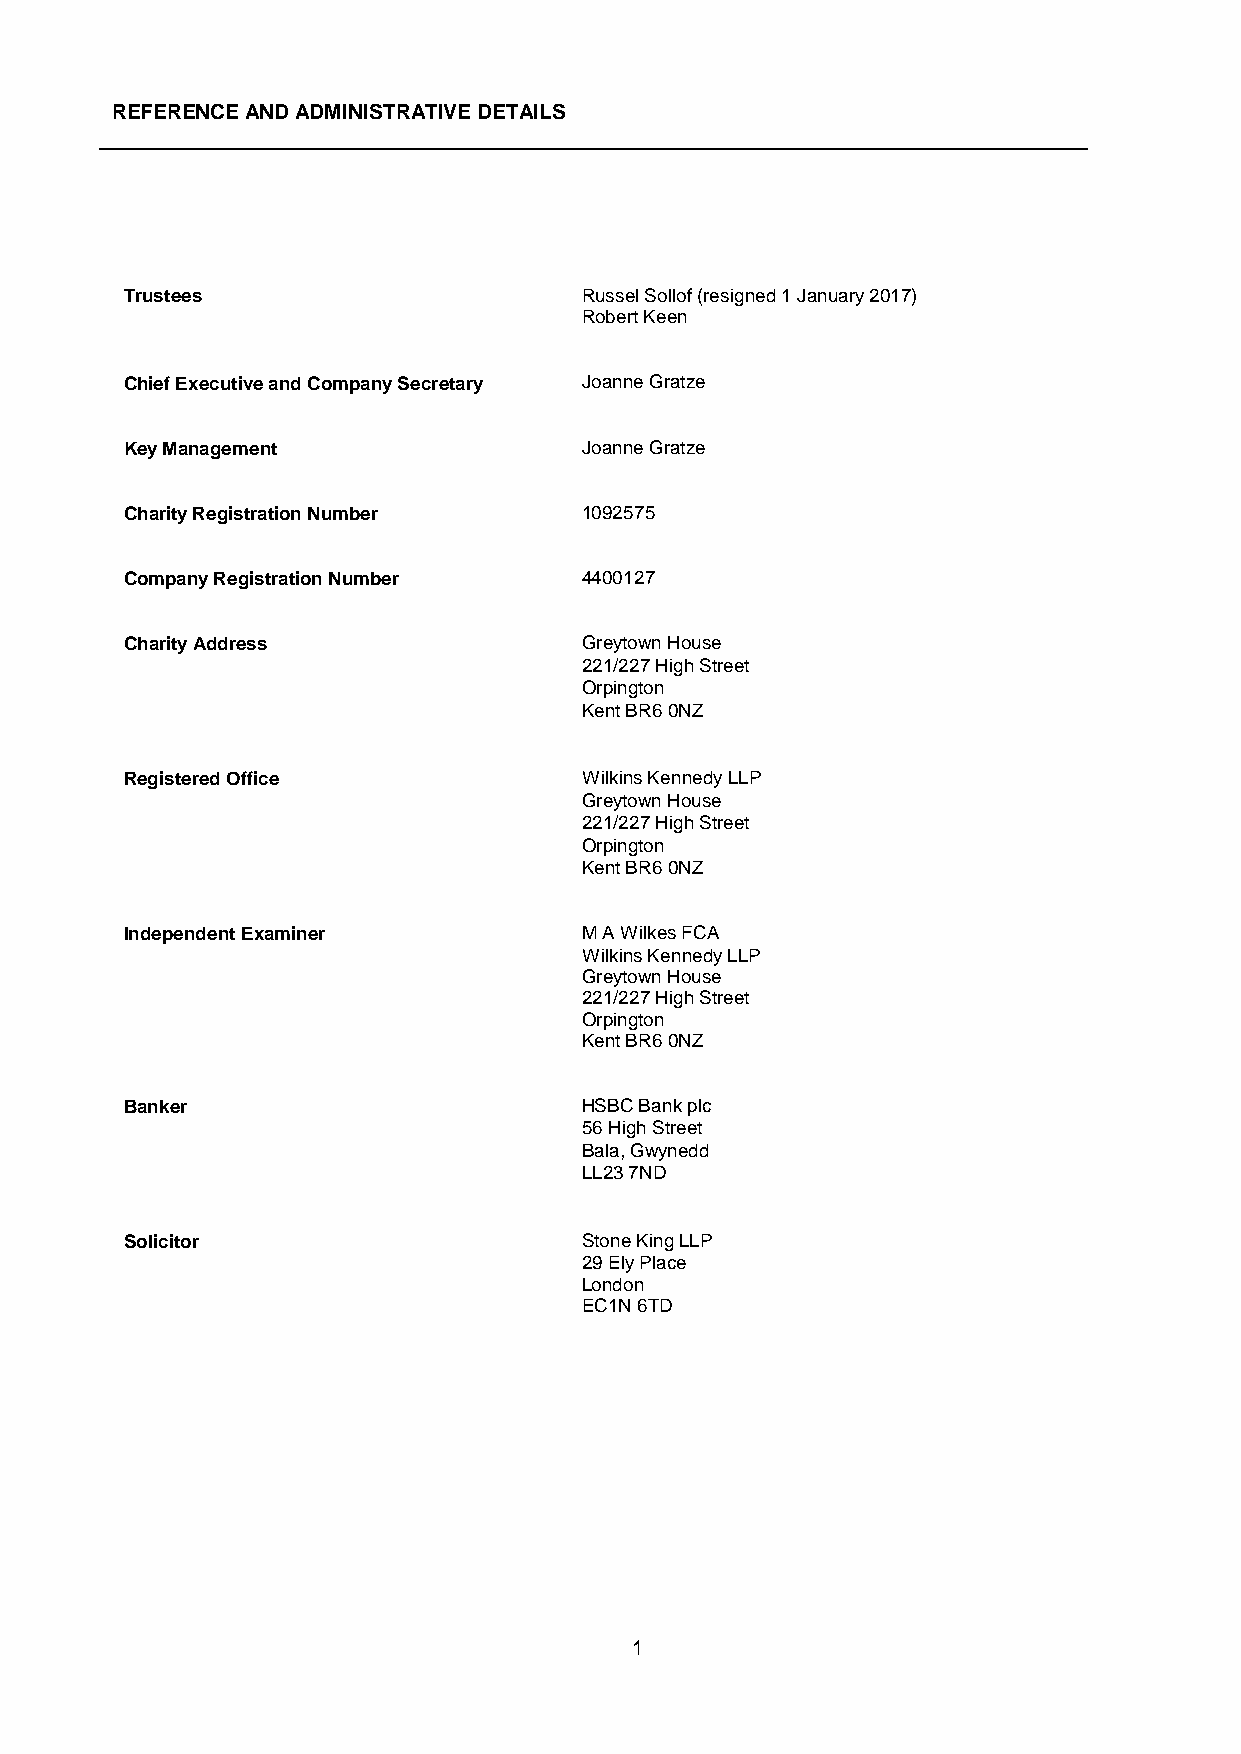
REFERENCE AND ADMINISTRATIVE DETAILS
 Trustees                      Russel Sollof (resigned 1 January 2017)
 Robert Keen
 Chief Executive and Company Secretary Joanne Gratze
 Key Management                Joanne Gratze
 Charity Registration Number   1092575
 Company Registration Number   4400127
 Charity Address               Greytown House
 221/227 High Street
 Orpington
 Kent BR6 0NZ
 Registered Office             Wilkins Kennedy LLP
 Greytown House
 221/227 High Street
 Orpington
 Kent BR6 0NZ
 Independent Examiner          M A Wilkes FCA
 Wilkins Kennedy LLP
 Greytown House
 221/227 High Street
 Orpington
 Kent BR6 0NZ
 Banker                        HSBC Bank plc
 56 High Street
 Bala, Gwynedd
 LL23 7ND
 Solicitor                     Stone King LLP
 29 Ely Place
 London
 EC1N 6TD
 1